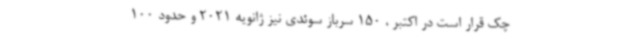
چک قرار است در اکتبر ، 150 سرباز سوئدی نیز ژانویه 2021 و حدود 100